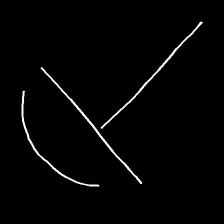
Glyph: dispersion